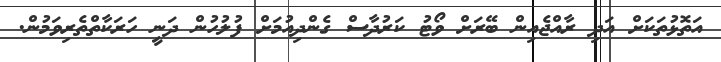
އަތޮޅުތަކަށް އަދި ރާއްޖެއިން ބޭރަށް ވޯޓު ކަރުދާސް ގެންދިއުމަށް ފުލުހުން ދަނީ ހަރަކާތްތެރިވަމުން.